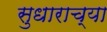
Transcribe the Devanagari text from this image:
सुधाराच्या